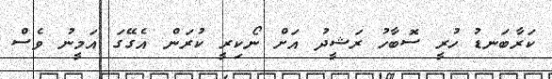
ކަރާބަނޑު ހުރީ ސޮބާހު ރަޝީދު އަށް ނޯކިރީ ކުރަން އެގޭގަ އަމީނު ވެސް